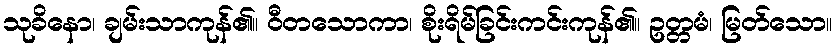
သုခိနော၊ ချမ်းသာကုန်၏။ ဝီတသောကာ၊ စိုးရိမ်ခြင်းကင်းကုန်၏။ ဥတ္တမံ၊ မြတ်သော။